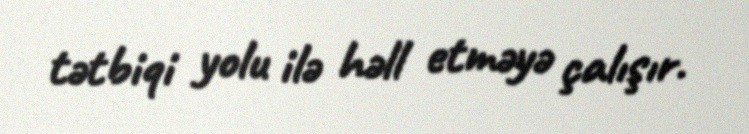
tətbiqi yolu ilə həll etməyə çalışır.